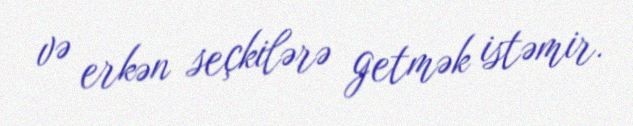
və erkən seçkilərə getmək istəmir.